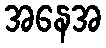
အနေအ